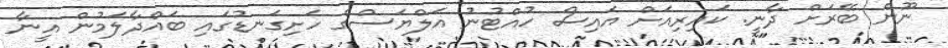
ނޫން ބޭރަށް ދާނީ. ކައިރިއަށް އައިސް ހުއްޓުނު އަލްޔަސްގެ ހަށިގަނޑުގައި ބައްދާލަމުން އީނާ